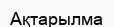
Ақтарылма